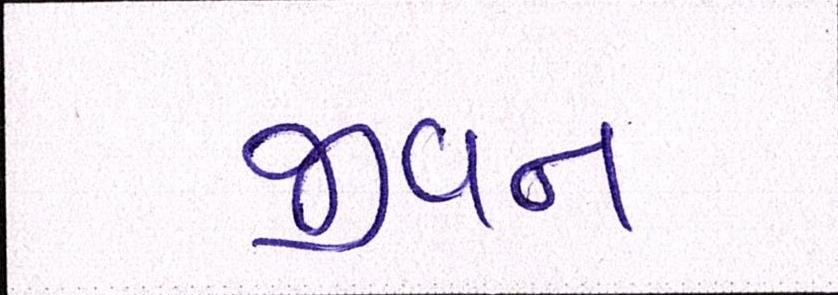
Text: જીવન